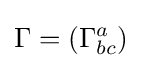
\Gamma =(\Gamma _{bc}^{a})